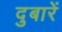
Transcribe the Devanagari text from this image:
दुबारें